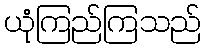
ယုံကြည်ကြသည်